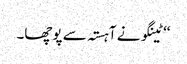
‘‘ ٹینگو نے آہستہ سے پوچھا۔